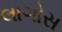
લાગોસ